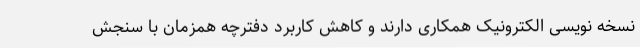
نسخه نویسی الکترونیک همکاری دارند و کاهش کاربرد دفترچه همزمان با سنجش